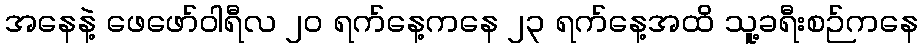
အနေနဲ့ ဖေဖော်ဝါရီလ ၂၀ ရက်နေ့ကနေ ၂၃ ရက်နေ့အထိ သူ့ခရီးစဉ်ကနေ